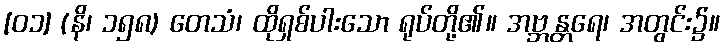
[၀၁] (နိ၊ ၁၅၈) တေသံ၊ ထိုရှစ်ပါးသော ရုပ်တို့၏။ အဗ္ဘန္တရေ၊ အတွင်း၌။